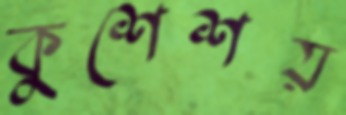
কুশেশয়